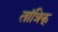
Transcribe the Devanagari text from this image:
तांत्रिक्